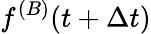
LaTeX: f^{(B)}(t+\Delta t)